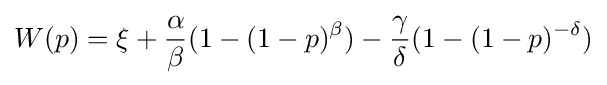
W(p)=\xi +{\frac {\alpha }{\beta }}(1-(1-p)^{\beta })-{\frac {\gamma }{\delta }}(1-(1-p)^{-\delta })